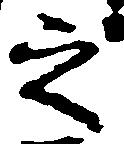
之